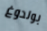
بولدوغ